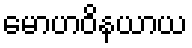
မောဟဝိနယာယ